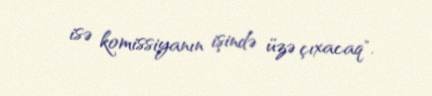
isə komissiyanın işində üzə çıxacaq".